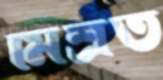
মিশ্রত